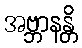
အဗ္ဘာနန္တိ